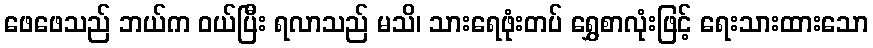
ဖေဖေသည် ဘယ်က ဝယ်ပြီး ရလာသည် မသိ၊ သားရေဖုံးတပ် ရွှေစာလုံးဖြင့် ရေးသားထားသော